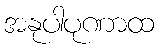
အနုပါပုဏာထ